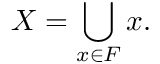
X = \bigcup _ { x \in F } x .